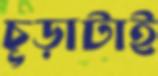
চূড়াটাই